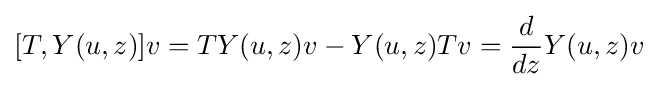
[T,Y(u,z)]v=TY(u,z)v-Y(u,z)Tv={\frac {d}{dz}}Y(u,z)v